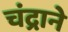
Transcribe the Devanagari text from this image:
चंद्राने